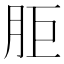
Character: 𰮒